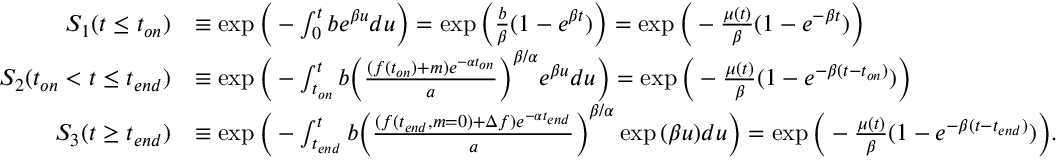
\begin{array} { r l } { S _ { 1 } ( t \leq t _ { o n } ) } & { \equiv \exp { \bigg ( - \int _ { 0 } ^ { t } b e ^ { \beta u } d u \bigg ) } = \exp { \bigg ( \frac { b } { \beta } ( 1 - e ^ { \beta t } ) \bigg ) } = \exp { \bigg ( - \frac { \mu ( t ) } { \beta } ( 1 - e ^ { - \beta t } ) \bigg ) } } \\ { S _ { 2 } ( t _ { o n } < t \leq t _ { e n d } ) } & { \equiv \exp { \bigg ( - \int _ { t _ { o n } } ^ { t } b \bigg ( \frac { ( f ( t _ { o n } ) + m ) e ^ { - \alpha t _ { o n } } } { a } \bigg ) ^ { \beta / \alpha } e ^ { \beta u } d u \bigg ) } = \exp { \bigg ( - \frac { \mu ( t ) } { \beta } ( 1 - e ^ { - \beta ( t - t _ { o n } ) } ) \bigg ) } } \\ { S _ { 3 } ( t \geq t _ { e n d } ) } & { \equiv \exp { \bigg ( - \int _ { t _ { e n d } } ^ { t } b \bigg ( \frac { ( f ( t _ { e n d } , m = 0 ) + \Delta f ) e ^ { - \alpha t _ { e n d } } } { a } \bigg ) ^ { \beta / \alpha } \exp { ( \beta u ) } d u \bigg ) } = \exp { \bigg ( - \frac { \mu ( t ) } { \beta } ( 1 - e ^ { - \beta ( t - t _ { e n d } ) } ) \bigg ) } . } \end{array}